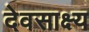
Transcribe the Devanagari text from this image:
देवसाक्ष्य